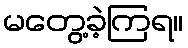
မတွေ့ခဲ့ကြရ။